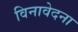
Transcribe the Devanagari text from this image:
विनावेदना